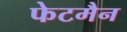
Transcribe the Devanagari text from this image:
फेटमैन